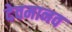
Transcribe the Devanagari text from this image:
देवमानव